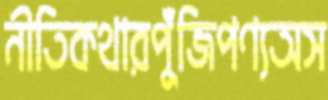
নীতিকথারপুঁজিপণ্যঅস